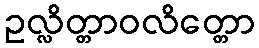
ဥလ္လိတ္တာဝလိတ္တော